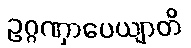
ဥဂ္ဂဏှာပေယျာတိ